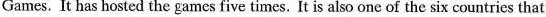
Games. It has hosted the games five times. It is also one of the six countries that